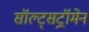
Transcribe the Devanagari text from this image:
सॉल्ट्सट्रॉमेन